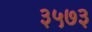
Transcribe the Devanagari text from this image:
३५७३